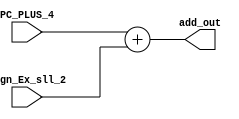


module Adder_branch( input [31:0]PC_PLUS_4,Sign_Ex_sll_2,output [31:0] add_out

    );
    assign add_out = PC_PLUS_4 + Sign_Ex_sll_2;
endmodule